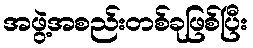
အဖွဲ့အစည်းတစ်ခုဖြစ်ပြီး